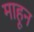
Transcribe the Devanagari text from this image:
माहून